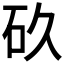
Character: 𮵉